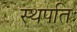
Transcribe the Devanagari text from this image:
स्थपतिः